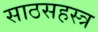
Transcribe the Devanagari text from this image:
साठसहस्त्र